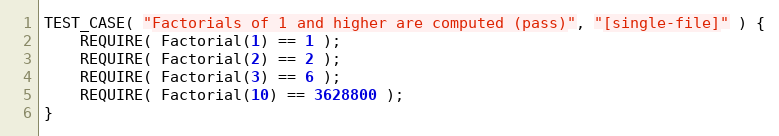
Language: C++
TEST_CASE( "Factorials of 1 and higher are computed (pass)", "[single-file]" ) {
    REQUIRE( Factorial(1) == 1 );
    REQUIRE( Factorial(2) == 2 );
    REQUIRE( Factorial(3) == 6 );
    REQUIRE( Factorial(10) == 3628800 );
}